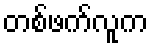
တစ်ဖက်လူက